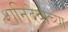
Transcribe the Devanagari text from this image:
शनिदेवाच्या